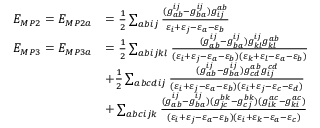
\begin{array} { r l } { E _ { M P 2 } = E _ { M P 2 a } } & { = \frac { 1 } { 2 } \sum _ { a b i j } \frac { ( g _ { a b } ^ { i j } - g _ { b a } ^ { i j } ) g _ { i j } ^ { a b } } { \varepsilon _ { i } + \varepsilon _ { j } - \varepsilon _ { a } - \varepsilon _ { b } } } \\ { E _ { M P 3 } = E _ { M P 3 a } } & { = \frac { 1 } { 2 } \sum _ { a b i j k l } \frac { ( g _ { a b } ^ { i j } - g _ { b a } ^ { i j } ) g _ { k l } ^ { i j } g _ { k l } ^ { a b } } { ( \varepsilon _ { i } + \varepsilon _ { j } - \varepsilon _ { a } - \varepsilon _ { b } ) ( \varepsilon _ { k } + \varepsilon _ { l } - \varepsilon _ { a } - \varepsilon _ { b } ) } } \\ & { + \frac { 1 } { 2 } \sum _ { a b c d i j } \frac { ( g _ { a b } ^ { i j } - g _ { b a } ^ { i j } ) g _ { c d } ^ { a b } g _ { i j } ^ { c d } } { ( \varepsilon _ { i } + \varepsilon _ { j } - \varepsilon _ { a } - \varepsilon _ { b } ) ( \varepsilon _ { i } + \varepsilon _ { j } - \varepsilon _ { c } - \varepsilon _ { d } ) } } \\ & { + \sum _ { a b c i j k } \frac { ( g _ { a b } ^ { i j } - g _ { b a } ^ { i j } ) ( g _ { j c } ^ { b k } - g _ { c j } ^ { b k } ) ( g _ { i k } ^ { a c } - g _ { k i } ^ { a c } ) } { ( \varepsilon _ { i } + \varepsilon _ { j } - \varepsilon _ { a } - \varepsilon _ { b } ) ( \varepsilon _ { i } + \varepsilon _ { k } - \varepsilon _ { a } - \varepsilon _ { c } ) } } \end{array}